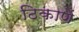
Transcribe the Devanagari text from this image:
ठिकाणें